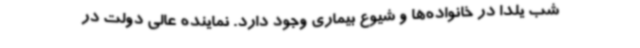
شب یلدا در خانواده‌ها و شیوع بیماری وجود دارد. نماینده عالی دولت در